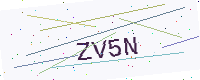
Text: ZV5N